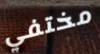
مختفي